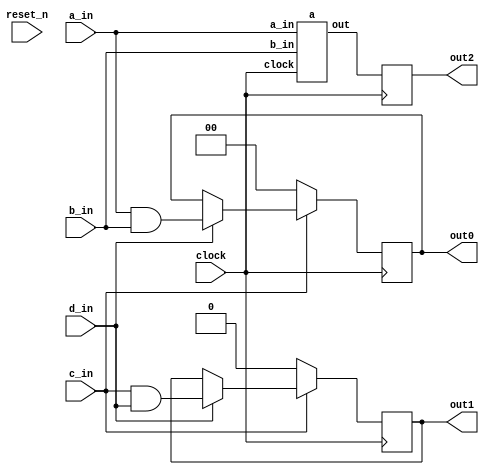
// DEFINES
`define BITS 2         // Bit width of the operands

module 	bm_if_collapse(clock, 
		reset_n, 
		a_in, 
		b_in,
		c_in, 
		d_in, 
		out0,
		out2,
		out1);

// SIGNAL DECLARATIONS
input	clock;
input 	reset_n;

input [`BITS-1:0] a_in;
input [`BITS-1:0] b_in;
input c_in;
input d_in;

output [`BITS-1:0] out0;
output [`BITS-1:0] out2;
output  out1;

reg [`BITS-1:0]    out0;
reg [`BITS-1:0]    out2;
reg     out1;

wire [`BITS-1:0] temp_a;

a top_a(clock, a_in, b_in, temp_a);

always @(posedge clock)
begin
	if (c_in == 1'b0)
	begin
		out0 <= 2'b00;
		out1 <= 1'b0;
	end
	else
	begin
		if (d_in == 1'b1)
		begin
			out0 <= a_in & b_in;
			out1 <= c_in & d_in;
		end
	end
	out2 <= temp_a;
end

endmodule

/*---------------------------------------------------------*/
module a(clock,
		a_in,
		b_in,
		out);

input	clock;
input [`BITS-1:0] a_in;
input [`BITS-1:0] b_in;
output [`BITS-1:0] out;
reg [`BITS-1:0] out;
reg [`BITS-1:0] out1;
reg [`BITS-1:0] out2;

always @(posedge clock)
begin
	case (a_in)
		2'b00: 
			begin
				if (b_in != 2'b01)
				begin
					out2 <= 2'b11 ;
				end		
			end
		2'b01: out1 <= 2'b10 ;
		2'b10: out1 <= 2'b01 ;
		2'b11: out1 <= 2'b00 ;
	endcase
	out <= out1 & out2;
end

endmodule